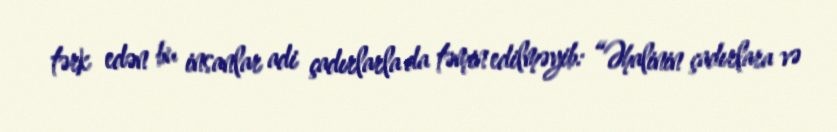
tərk edən bu insanlar adi çadırlarla da təmin edilməyib: “Əhalinin çadırlara və